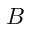
\boldsymbol { B }